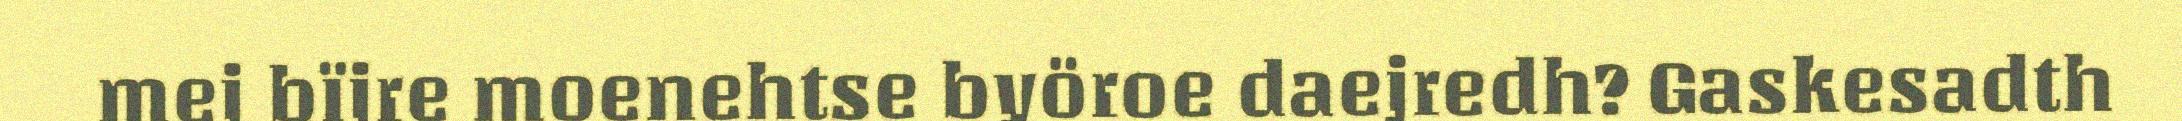
mej bïjre moenehtse byöroe daejredh? Gaskesadth